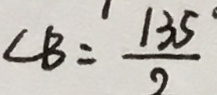
\angle B = \frac { 1 3 5 } { 2 }